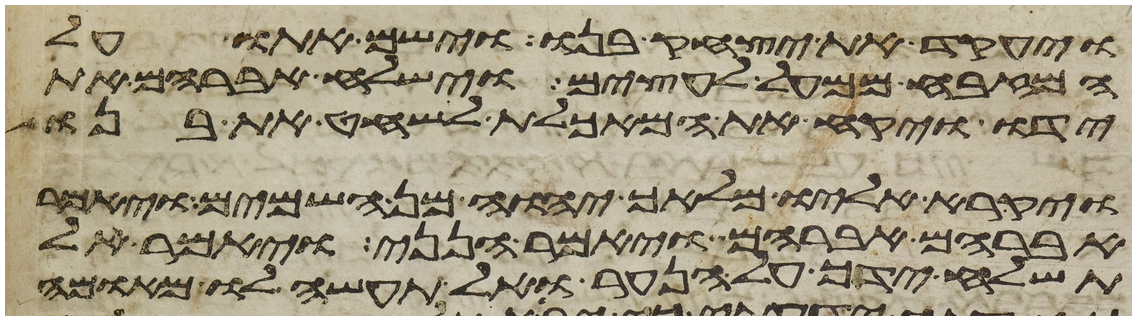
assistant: ויעקד את יצחק בנו וישם אתו על
המזבח ממעל לעצים וישלח אברהם את
ידו ויקח את המאכלת לשחט את בנו
ויקרא אליו מלאך יהוה מן השמים ויאמר
אברהם אברהם ויאמר הנני ויאמר אל
תשלח ידך על הנער ואל תעשה לו מאומה